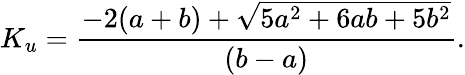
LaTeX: K_{u}=\frac{-2(a+b)+\sqrt{5a^{2}+6ab+5b^{2}}}{(b-a)}.